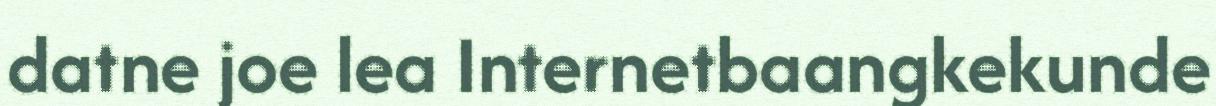
datne joe lea Internetbaangkekunde